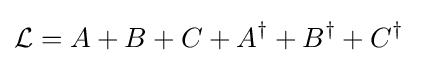
{\mathcal {L}}=A+B+C+A^{\dagger }+B^{\dagger }+C^{\dagger }~